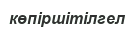
көпіршітілгел